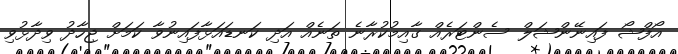
އޯފްޝޯ ފައިނޭންޝަލް ސެންޓަރެއް ގާއިމުކުރާނެ ތަނެއް އަދި ކަނޑައަޅާފައިނުވާ ކަމަށް ޖިހާދު ވިދާޅުވި